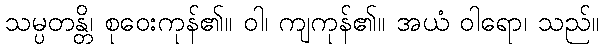
သမ္ပတန္တိ၊ စုဝေးကုန်၏။ ဝါ၊ ကျကုန်၏။ အယံ ဝါရော၊ သည်။